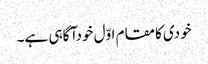
خودی کامقام اوّل خودآگاہی ہے۔